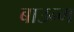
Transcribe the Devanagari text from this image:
बाउन्ग